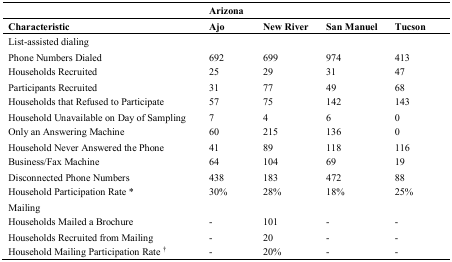
<table><thead><tr><td></td><td colspan="4"><b>Arizona</b></td></tr><tr><td><b>Characteristic</b></td><td><b>Ajo</b></td><td><b>New River</b></td><td><b>San Manuel</b></td><td><b>Tucson</b></td></tr></thead><tbody><tr><td>List-assisted dialing</td><td></td><td></td><td></td><td></td></tr><tr><td>Phone Numbers Dialed</td><td>692</td><td>699</td><td>974</td><td>413</td></tr><tr><td>Households Recruited</td><td>25</td><td>29</td><td>31</td><td>47</td></tr><tr><td>Participants Recruited</td><td>31</td><td>77</td><td>49</td><td>68</td></tr><tr><td>Households that Refused to Participate</td><td>57</td><td>75</td><td>142</td><td>143</td></tr><tr><td>Household Unavailable on Day of Sampling</td><td>7</td><td>4</td><td>6</td><td>0</td></tr><tr><td>Only an Answering Machine</td><td>60</td><td>215</td><td>136</td><td>0</td></tr><tr><td>Household Never Answered the Phone</td><td>41</td><td>89</td><td>118</td><td>116</td></tr><tr><td>Business/Fax Machine</td><td>64</td><td>104</td><td>69</td><td>19</td></tr><tr><td>Disconnected Phone Numbers</td><td>438</td><td>183</td><td>472</td><td>88</td></tr><tr><td>Household Participation Rate *</td><td>30%</td><td>28%</td><td>18%</td><td>25%</td></tr><tr><td>Mailing</td><td></td><td></td><td></td><td></td></tr><tr><td>Households Mailed a Brochure</td><td>-</td><td>101</td><td>-</td><td>-</td></tr><tr><td>Households Recruited from Mailing</td><td>-</td><td>20</td><td>-</td><td>-</td></tr><tr><td>Household Mailing Participation Rate <sup>†</sup></td><td>-</td><td>20%</td><td>-</td><td>-</td></tr></tbody></table>